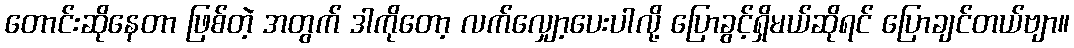
တောင်းဆိုနေတာ ဖြစ်တဲ့ အတွက် ဒါကိုတော့ လက်လျှော့ပေးပါလို့ ပြောခွင့်ရှိမယ်ဆိုရင် ပြောချင်တယ်ဗျာ။